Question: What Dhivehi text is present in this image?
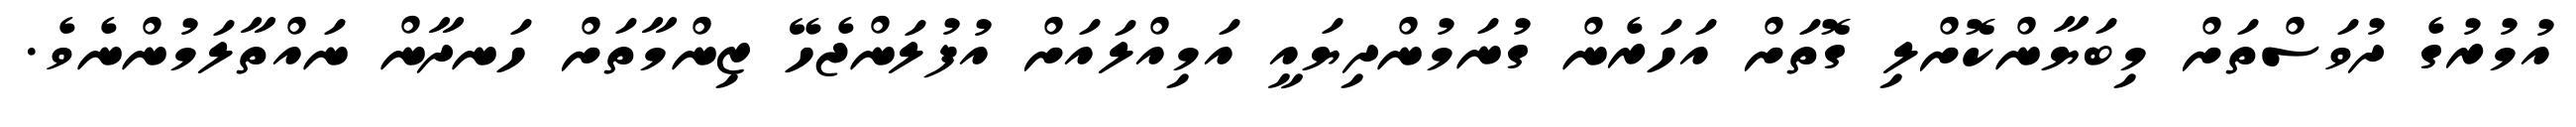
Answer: އުމުރުގެ ދުވަސްތަށް މިބަޔާންކޮށްލި ގޮތަށް އަހަރެން ގުނަމުންދިޔައީ އަމިއްލައަށް އުފުލަންޖެހޭ ޒިންމާތަށް ހަނދާން ނައްތާލަމުންނެވެ.